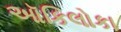
ઑકિલોકા